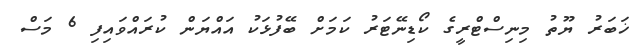
ޚަބަރު ޔޫތު މިނިސްޓްރީގެ ކޯޑިނޭޓަރު ކަމަށް ބޭފުޅަކު އައްޔަން ކުރައްވައިފި 6 މަސް